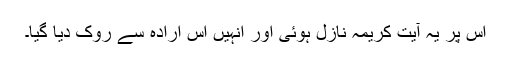
اس پر یہ آیتِ کریمہ نازل ہوئی اور انہیں اس ارادہ سے روک دیا گیا۔